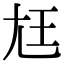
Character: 尪